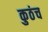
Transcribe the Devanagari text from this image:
कुठंच